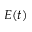
E ( t )